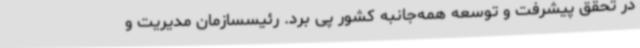
در تحقق پیشرفت و توسعه همه‌جانبه کشور پی برد. رئیسسازمان مدیریت و